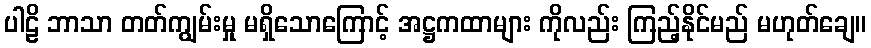
ပါဠိ ဘာသာ တတ်ကျွမ်းမှု မရှိသောကြောင့် အဋ္ဌကထာများ ကိုလည်း ကြည့်နိုင်မည် မဟုတ်ချေ။